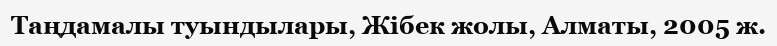
Таңдамалы туындылары, Жібек жолы, Алматы, 2005 ж.